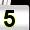
Digit: 5